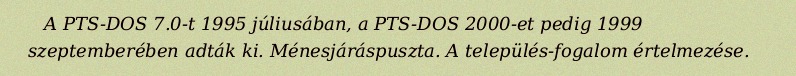
A PTS-DOS 7.0-t 1995 júliusában, a PTS-DOS 2000-et pedig 1999 szeptemberében adták ki. Ménesjáráspuszta. A település-fogalom értelmezése.